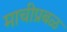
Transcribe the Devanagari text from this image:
माचीप्रबळ